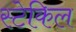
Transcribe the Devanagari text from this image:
स्टेकिल